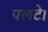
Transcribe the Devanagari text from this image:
पलटे।